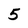
Character: 5